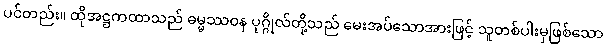
ပင်တည်း။ ထိုအဋ္ဌကထာသည် ဓမ္မဿဝန ပုဂ္ဂိုလ်တို့သည် မေးအပ်သောအားဖြင့် သူတစ်ပါးမှဖြစ်သော